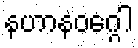
နဟာနဝဂ္ဂေါ